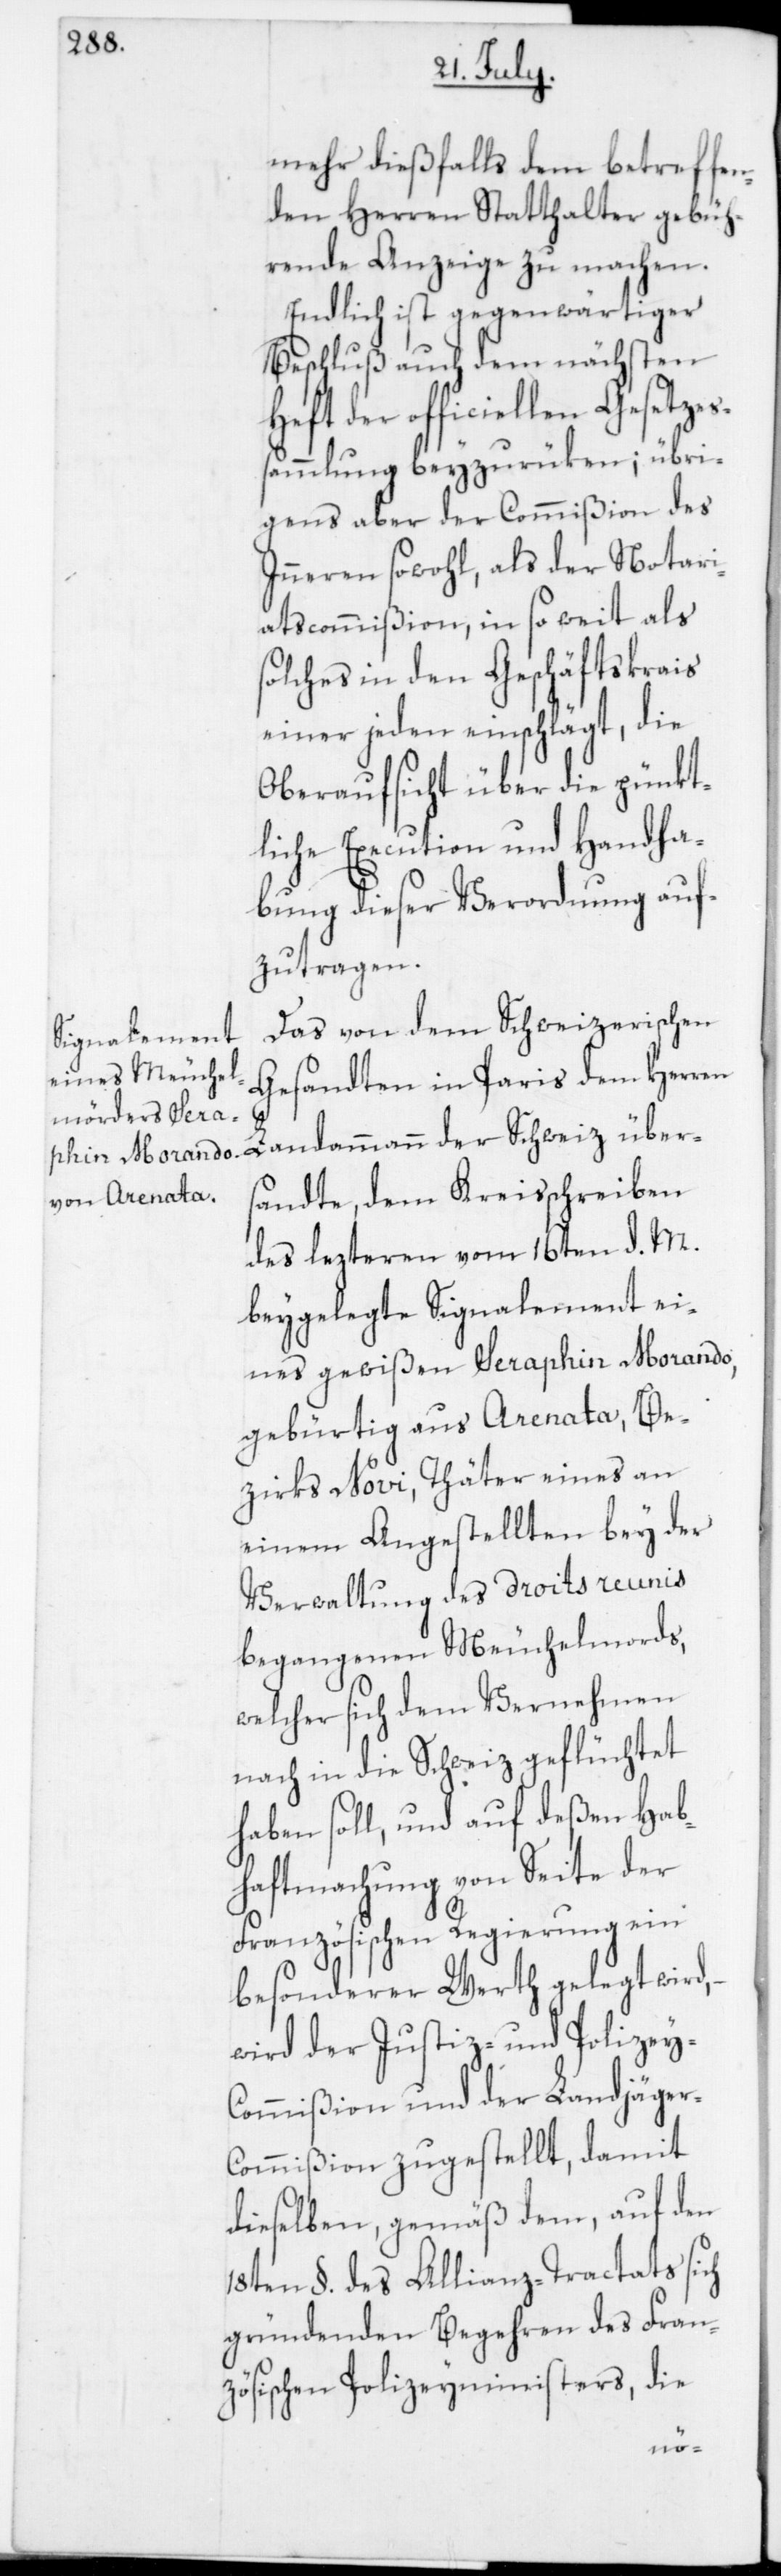
mehr dießfalls dem betreffen¬
den Herren Statthalter gebüh¬
rende Anzeige zu machen.
Endlich ist gegenwärtiger
Beschluß auch dem nächsten
der officiellen Gesetzes¬
sammlung beizurüken; übri¬
gens aber der Commißion des
Inneren sowohl als der Notari¬
atscommißion, in so weit als
solches in den Geschäftskreis
einer jeden einschlägt, die
Oberaufsicht über die pünkt¬
liche Execution und Handha¬
bung dieser Verordnung auf¬
zutragen.
Das von dem Schweizerischen
Gesandten in Paris dem Herr¬
en Landammann der Schweiz übers¬
andte, dem Kreisschreiben
des lezteren vom 16ten d. M.
beygelegte Signalement ei¬
nes gewißen Seraphin Morando,
gebürtig aus Arenata, Be¬
zirks Novi, Thäter eines an
einem Angestellten bey der
Verwaltung des droits reunis
begangenen Meuchelmords,
welcher sich dem Vernehmen
nach in die Schweiz geflüchtet
haben soll, und auf deßen Hab¬
haftmachung von Seite der
Französischen Regierung ein
besonderer Werth gelegt wird,
wird der Justiz- und Polizey-C¬
ommißion und der Landjäger-C¬
ommißion zugestellt, damit
dieselben gemäß dem auf den
18ten §. des Allianz-Tractats sich
gründenden Begehren des Fran¬
zösischen Polizeyministers, die